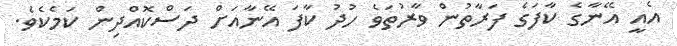
އެއީ އޭނާގެ ކާފަގެ ފަރާތުން ވާރުތަވެ ހުދު ކާފަ އޭނާއަށް ދަސްކޮއްދިން ކަމެކެވެ.